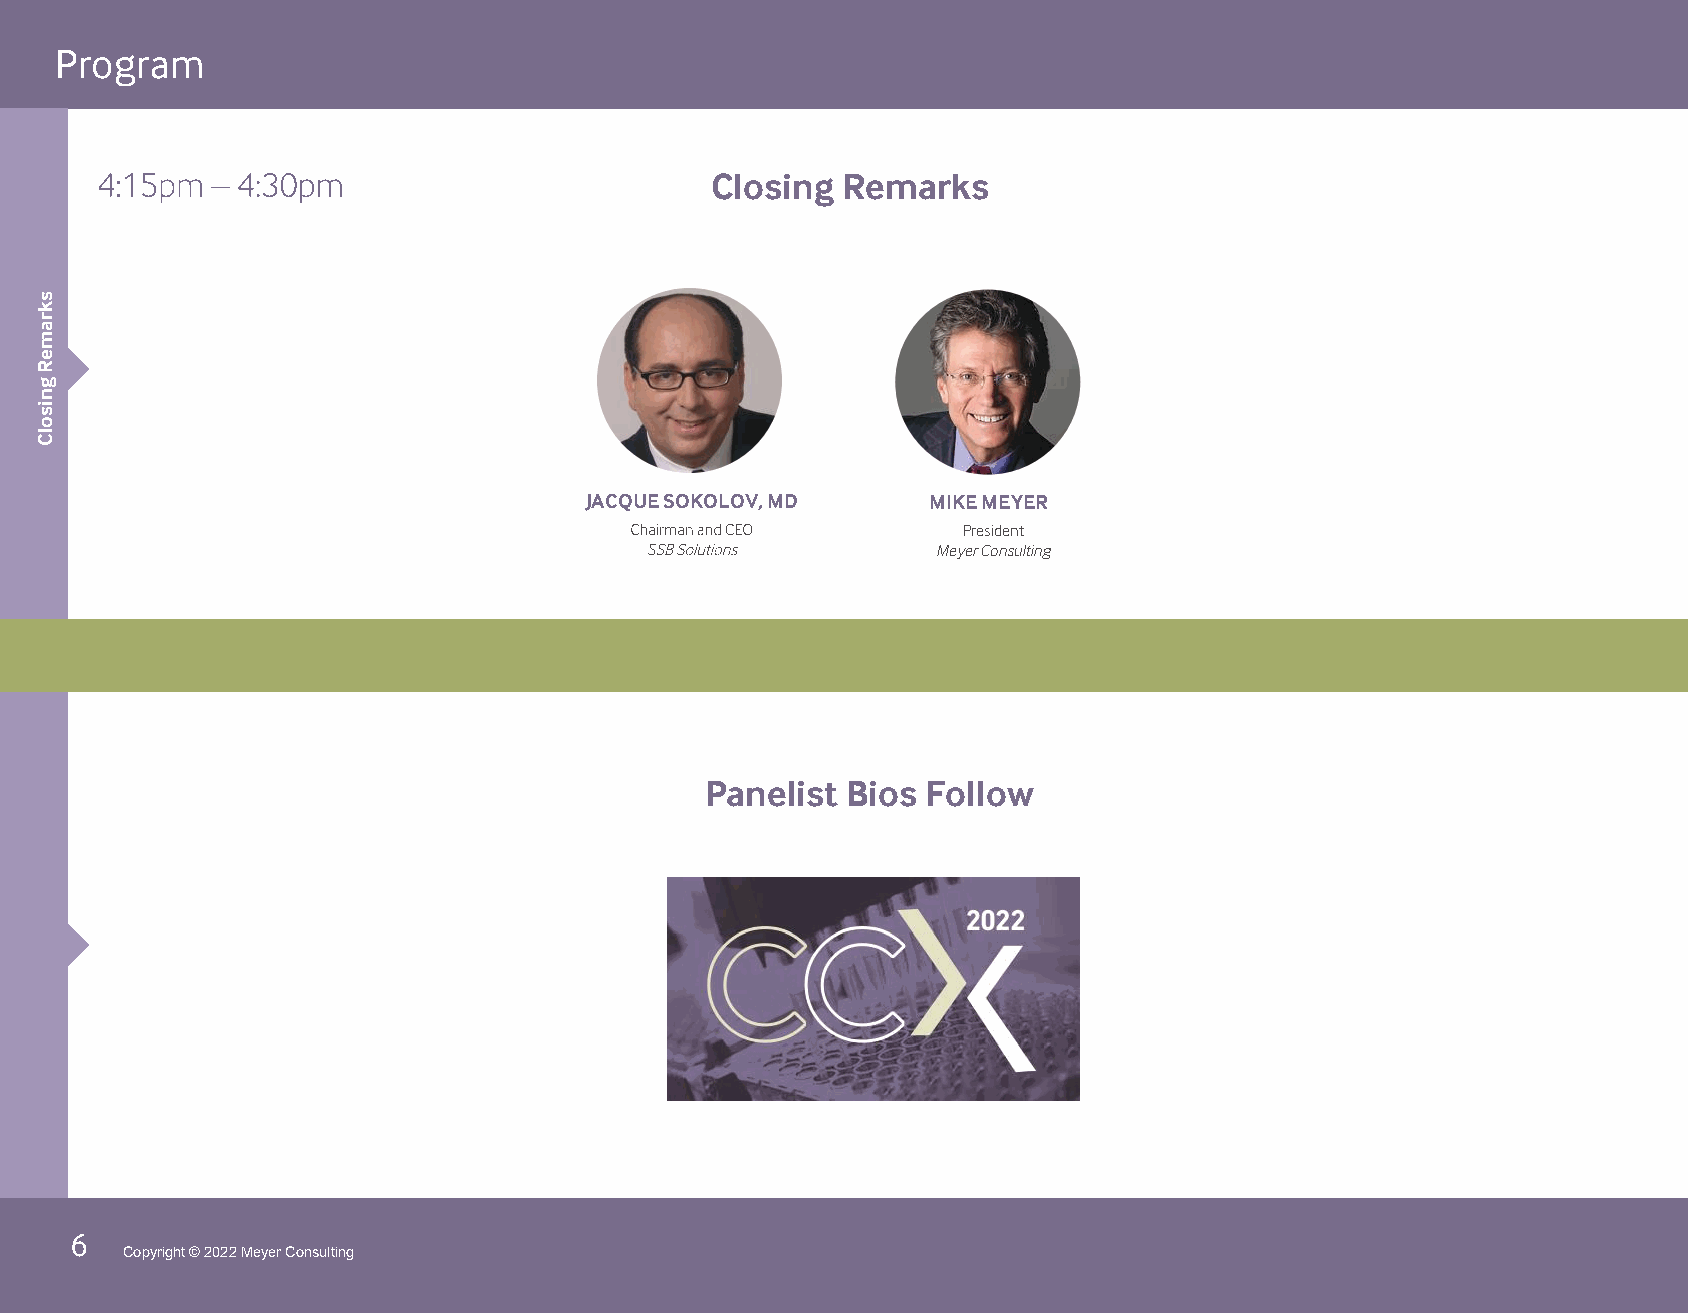
Program
 Closing  Remarks
 JACQUE SOKOLOV, MD    MIKE MEYER
 President
 S                  Meyer Consulting
 Panelist Bios Follow
 meyerconsultinginc.com    6
 6
 Copyright © 2022 Meyer Consulting
 skrameR
 gnisolC